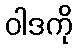
ဝါဒကို